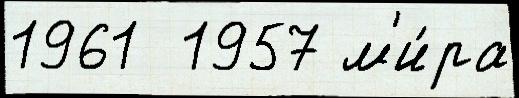
1961  1957 м'и́ра